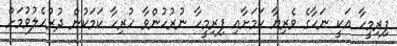
ފިރިމީހާ އަކީ ނަހާގެ ވެރިޔާ ކަމަށާއި ފިރިމީހާ ނުރުހުންވާ ހުރިހާ ކަމަކުން ދުރުހެލުވުމަށް